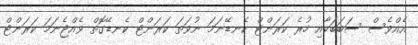
އެއްވެސް ސަބަބަކާއި ހުރެ ކަރަންޓް ކެނޑޭނަމަ ނުވަތަ ކަރަންޓް ކެނޑޭގޮތް ވެއްޖެނަމަ ކަރަންޓް